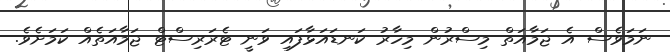
ނަމަވެސް އެ ޖަމާއަތް މިސްރުން މިހާރު ކަނޑައަޅާފައި ވަނީ ޓެރަރިސްޓް ޖަމާއަތެއް ކަމަށެވެ.